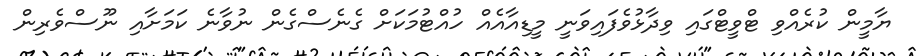
ޔާމީން ކުރެއްވި ޓްވީޓްގައި ވިދާޅުވެފައިވަނީ މީޑިއާއެއް ހުއްޓުމަކަށް ގެނެސްގެން ނުވާނެ ކަމަށާއި ނޫސްވެރިން